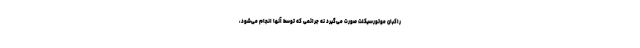
راکبان موتورسیکلت صورت می‌گیرد نه جرائمی که توسط آنها انجام می‌شود،